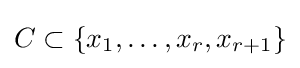
C\subset \{x_{1},\dots ,x_{r},x_{r+1}\}